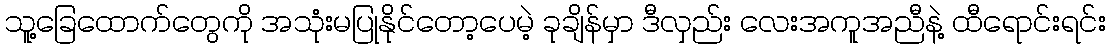
သူ့ခြေထောက်တွေကို အသုံးမပြုနိုင်တော့ပေမဲ့ ခုချိန်မှာ ဒီလှည်း လေးအကူအညီနဲ့ ထီရောင်းရင်း